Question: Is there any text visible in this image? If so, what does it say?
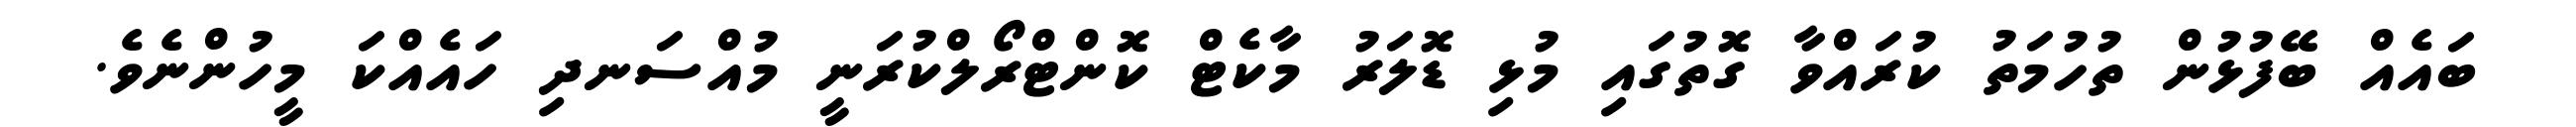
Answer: ބައެއް ބޭފުޅުން ތުހުމަތު ކުރައްވާ ގޮތުގައި މުޅި ޑޮލަރު މާކެޓް ކޮންޓްރޯލްކުރަނީ މުއްސަނދި ހައެއްކަ މީހުންނެވެ.